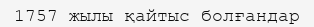
1757 жылы қайтыс болғандар